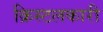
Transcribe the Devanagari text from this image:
क्रिस्टलकारी